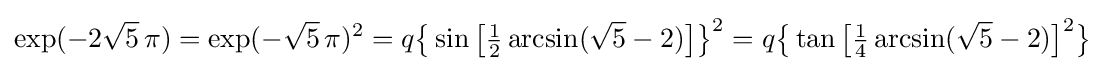
\exp(-2{\sqrt {5}}\,\pi )=\exp(-{\sqrt {5}}\,\pi )^{2}=q{\bigl \{}\sin {\bigl [}{\tfrac {1}{2}}\arcsin({\sqrt {5}}-2){\bigr ]}{\bigr \}}^{2}=q{\bigl \{}\tan {\bigl [}{\tfrac {1}{4}}\arcsin({\sqrt {5}}-2){\bigr ]}^{2}{\bigr \}}